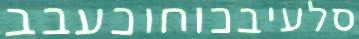
סלעיבכוחוכעבב